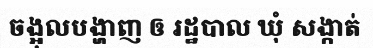
ចង្អុលបង្ហាញ ឲ រដ្ឋបាល ឃុំ សង្កាត់